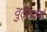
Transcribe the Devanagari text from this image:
वुर्ट्‌सबर्ग